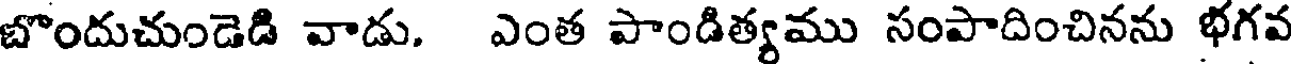
బొందుచుండెడి వాడు. ఎంత పాండిత్యము సంపాదించినను భగవ